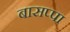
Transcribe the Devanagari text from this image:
बासप्पा